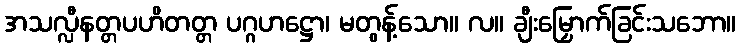
အသလ္လီနတ္တပဟိတတ္တ ပဂ္ဂဟဋ္ဌော၊ မတွန့်သော။ လ။ ချီးမြှောက်ခြင်းသဘော။